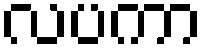
လပကာ